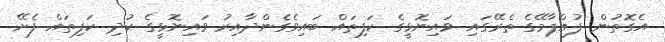
އެގޮތުން ފުއްޕާމޭގެ ތެރޭގައި ވައިނޮޅީގެ ކަފިތައް ބައިވެގެންދާއިރު ވައިނޮޅީގެ ކުދި ކަފިތައް ފެށޭ